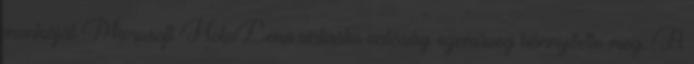
munkáját Microsoft HoloLens virtuális valóság szemüveg könnyítette meg. A